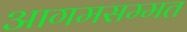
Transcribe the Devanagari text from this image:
आगमसम्मत